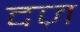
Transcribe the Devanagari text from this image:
दज़